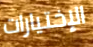
الإختيارات